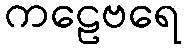
ကဠေဗရေ